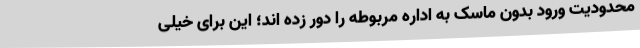
محدودیت ورود بدون ماسک به اداره مربوطه را دور زده اند؛ این برای خیلی